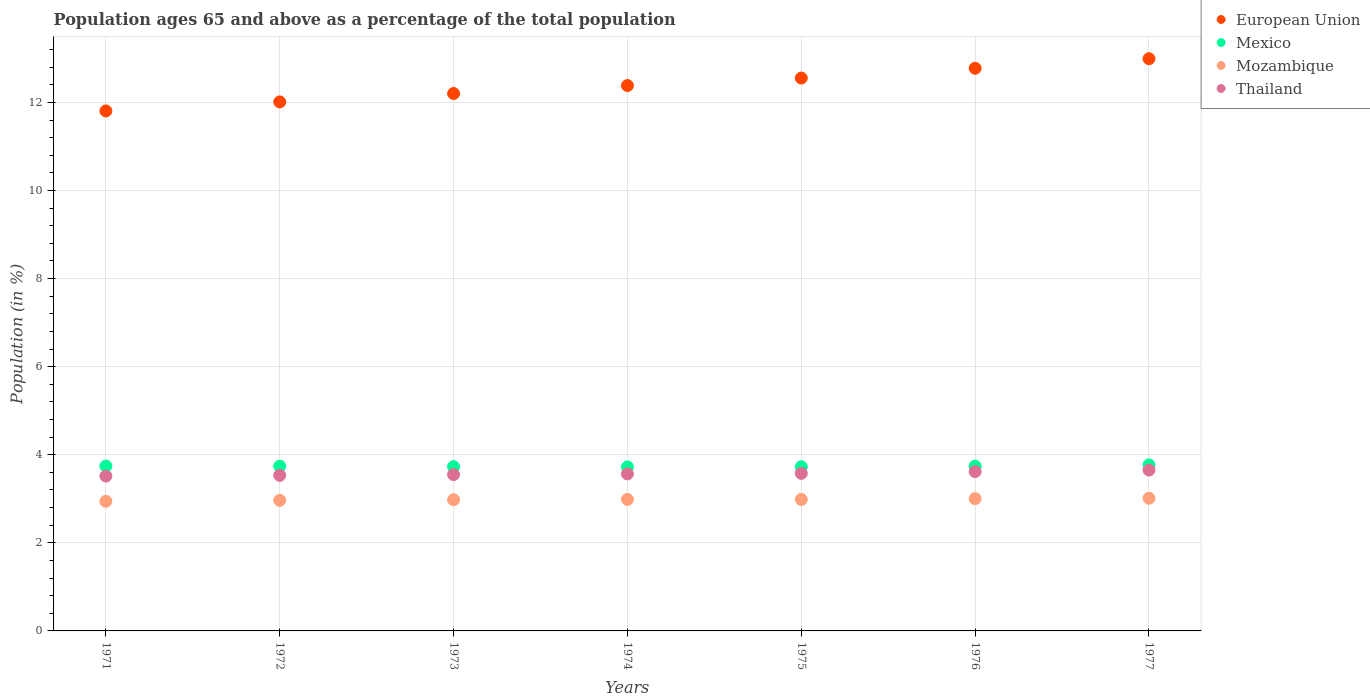
| Years | European Union | Mexico | Mozambique | Thailand |
 | --- | --- | --- | --- | --- |
 | 1971 | 11.8 | 3.74 | 2.94 | 3.52 |
 | 1972 | 12 | 3.74 | 2.96 | 3.53 |
 | 1973 | 12.2 | 3.73 | 2.98 | 3.55 |
 | 1974 | 12.4 | 3.72 | 2.99 | 3.56 |
 | 1975 | 12.6 | 3.73 | 2.99 | 3.58 |
 | 1976 | 12.8 | 3.74 | 3 | 3.62 |
 | 1977 | 13 | 3.77 | 3.01 | 3.65 |